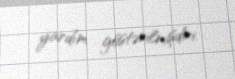
yardım göstərilmişdiri.